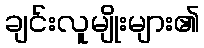
ချင်းလူမျိုးများ၏